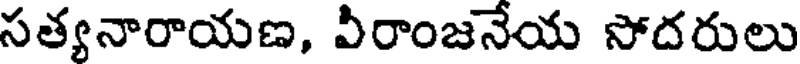
సత్యనారాయణ, వీరాంజనేయ సోదరులు